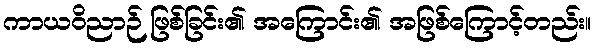
ကာယဝိညာဉ် ဖြစ်ခြင်း၏ အကြောင်း၏ အဖြစ်ကြောင့်တည်း။